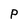
Character: P